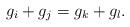
LaTeX: \begin{align*}g_i+g_j=g_k+g_l.\end{align*}